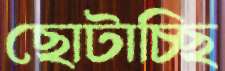
ছোটাচ্ছি